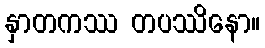
နှာတကဿ တပဿိနော။